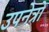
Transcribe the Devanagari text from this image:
उपनेत्रों